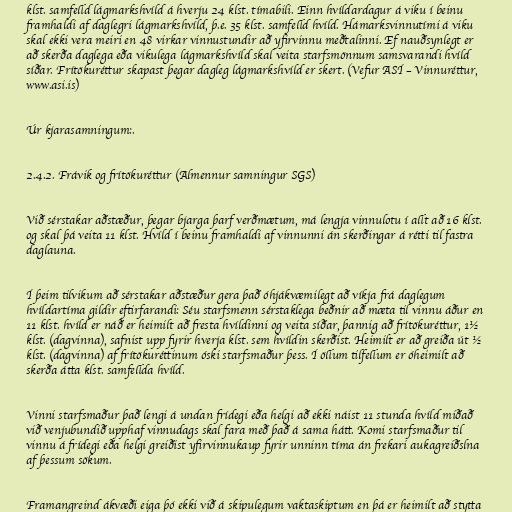
klst. samfelld lágmarkshvíld á hverju 24 klst. tímabili. Einn hvíldardagur á viku í beinu
framhaldi af daglegri lágmarkshvíld, þ.e. 35 klst. samfelld hvíld. Hámarksvinnutími á viku
skal ekki vera meiri en 48 virkar vinnustundir að yfirvinnu meðtalinni. Ef nauðsynlegt er
að skerða daglega eða vikulega lágmarkshvíld skal veita starfsmönnum samsvarandi hvíld
síðar. Frítökuréttur skapast þegar dagleg lágmarkshvíld er skert. (Vefur ASÍ – Vinnuréttur,
www.asi.is)

Úr kjarasamningum:.

2.4.2. Frávik og frítökuréttur (Almennur samningur SGS)

Við sérstakar aðstæður, þegar bjarga þarf verðmætum, má lengja vinnulotu í allt að 16 klst.
og skal þá veita 11 klst. Hvíld í beinu framhaldi af vinnunni án skerðingar á rétti til fastra
daglauna.

Í þeim tilvikum að sérstakar aðstæður gera það óhjákvæmilegt að víkja frá daglegum
hvíldartíma gildir eftirfarandi: Séu starfsmenn sérstaklega beðnir að mæta til vinnu áður en
11 klst. hvíld er náð er heimilt að fresta hvíldinni og veita síðar, þannig að frítökuréttur, 1½
klst. (dagvinna), safnist upp fyrir hverja klst. sem hvíldin skerðist. Heimilt er að greiða út ½
klst. (dagvinna) af frítökuréttinum óski starfsmaður þess. Í öllum tilfellum er óheimilt að
skerða átta klst. samfellda hvíld.

Vinni starfsmaður það lengi á undan frídegi eða helgi að ekki náist 11 stunda hvíld miðað
við venjubundið upphaf vinnudags skal fara með það á sama hátt. Komi starfsmaður til
vinnu á frídegi eða helgi greiðist yfirvinnukaup fyrir unninn tíma án frekari aukagreiðslna
af þessum sökum.

Framangreind ákvæði eiga þó ekki við á skipulegum vaktaskiptum en þá er heimilt að stytta